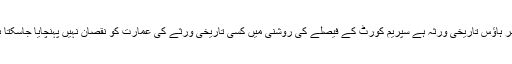
درخواست میں مؤقف اختیار کیا گیا کہ گورنر ہاؤس تاریخی ورثہ ہے سپریم کورٹ کے فیصلے کی روشنی میں کسی تاریخی ورثے کی عمارت کو نقصان نہیں پہنچایا جاسکتا بلکہ اس کی تزئین و آرائش کی جاسکتی ہے۔